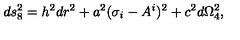
d s _ { 8 } ^ { 2 } = h ^ { 2 } d r ^ { 2 } + a ^ { 2 } ( \sigma _ { i } - A _ { } ^ { i } ) ^ { 2 } + c ^ { 2 } d \Omega _ { 4 } ^ { 2 } ,